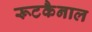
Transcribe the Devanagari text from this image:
रूटकैनाल